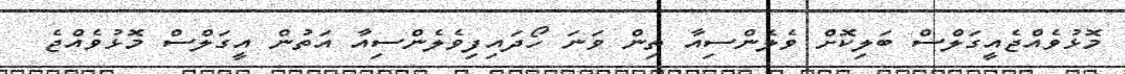
މޮޅުވެއްޖެއީގަލްސް ބަލިކޮށް ވެލެންސިއާ ތިން ވަނަ ހޯދައިފިވެލެންސިއާ އަތުން އީގަލްސް މޮޅުވެއްޖެ